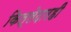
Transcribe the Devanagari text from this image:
किल्लेदारही